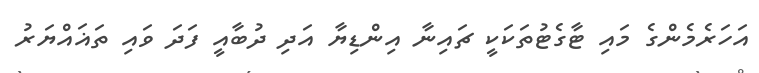
އަހަރެމެންގެ މައި ޓާގެޓުތަކަކީ ޗައިނާ އިންޑިޔާ އަދި ދުބާއީ ފަދަ ވައި ތަޣައްޔަރު